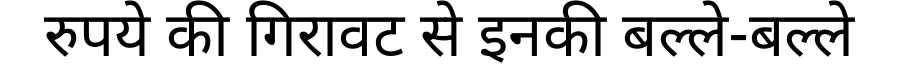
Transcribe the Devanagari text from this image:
रुपये की गिरावट से इनकी बल्ले-बल्ले